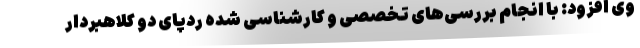
وی افزود: با انجام بررسی‌های تخصصی و کارشناسی شده ردپای دو کلاهبردار